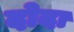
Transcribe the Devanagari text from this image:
दोदा